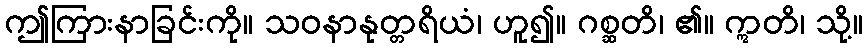
ဤကြားနာခြင်းကို။ သဝနာနုတ္တရိယံ၊ ဟူ၍။ ဂစ္ဆတိ၊ ၏။ ဣတိ၊ သို့။